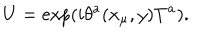
LaTeX: U = \exp ( i \theta ^ { a } ( x _ { \mu } , y ) T ^ { a } ) .